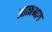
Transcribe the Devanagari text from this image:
आत्मभाग